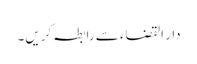
دار القضاء سے رابطہ کریں۔